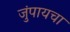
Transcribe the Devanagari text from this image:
जुंपायचा